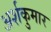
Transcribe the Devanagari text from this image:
अर्शकुमार